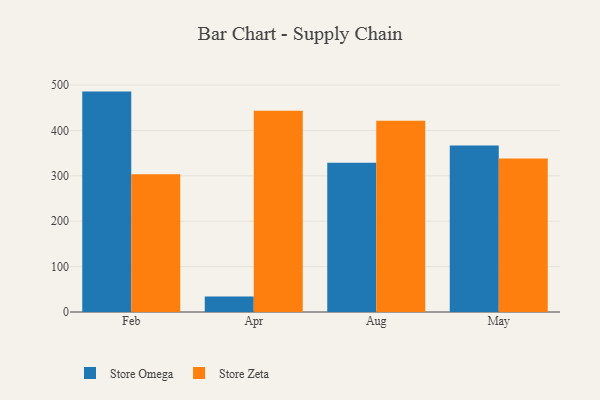
{"axis": {"x": "Month", "y": "Market Share (%)"}, "legend": ["Store Omega", "Store Zeta"], "data": [{"x": "Feb", "y": 485.6, "type": "Store Omega"}, {"x": "Feb", "y": 303.4, "type": "Store Zeta"}, {"x": "Apr", "y": 34.3, "type": "Store Omega"}, {"x": "Apr", "y": 443.2, "type": "Store Zeta"}, {"x": "Aug", "y": 329.0, "type": "Store Omega"}, {"x": "Aug", "y": 421.4, "type": "Store Zeta"}, {"x": "May", "y": 366.8, "type": "Store Omega"}, {"x": "May", "y": 338.1, "type": "Store Zeta"}]}